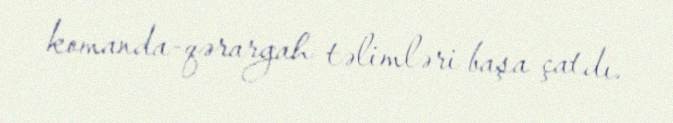
komanda-qərargah təlimləri başa çatdı.